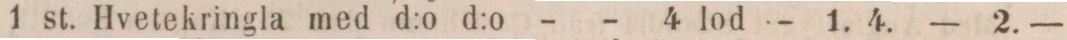
1 st. Hvetekringla med d:o d:o - - 4 lod    — 1. 4.    — 2. —